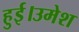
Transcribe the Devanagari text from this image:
हुई।उमेश